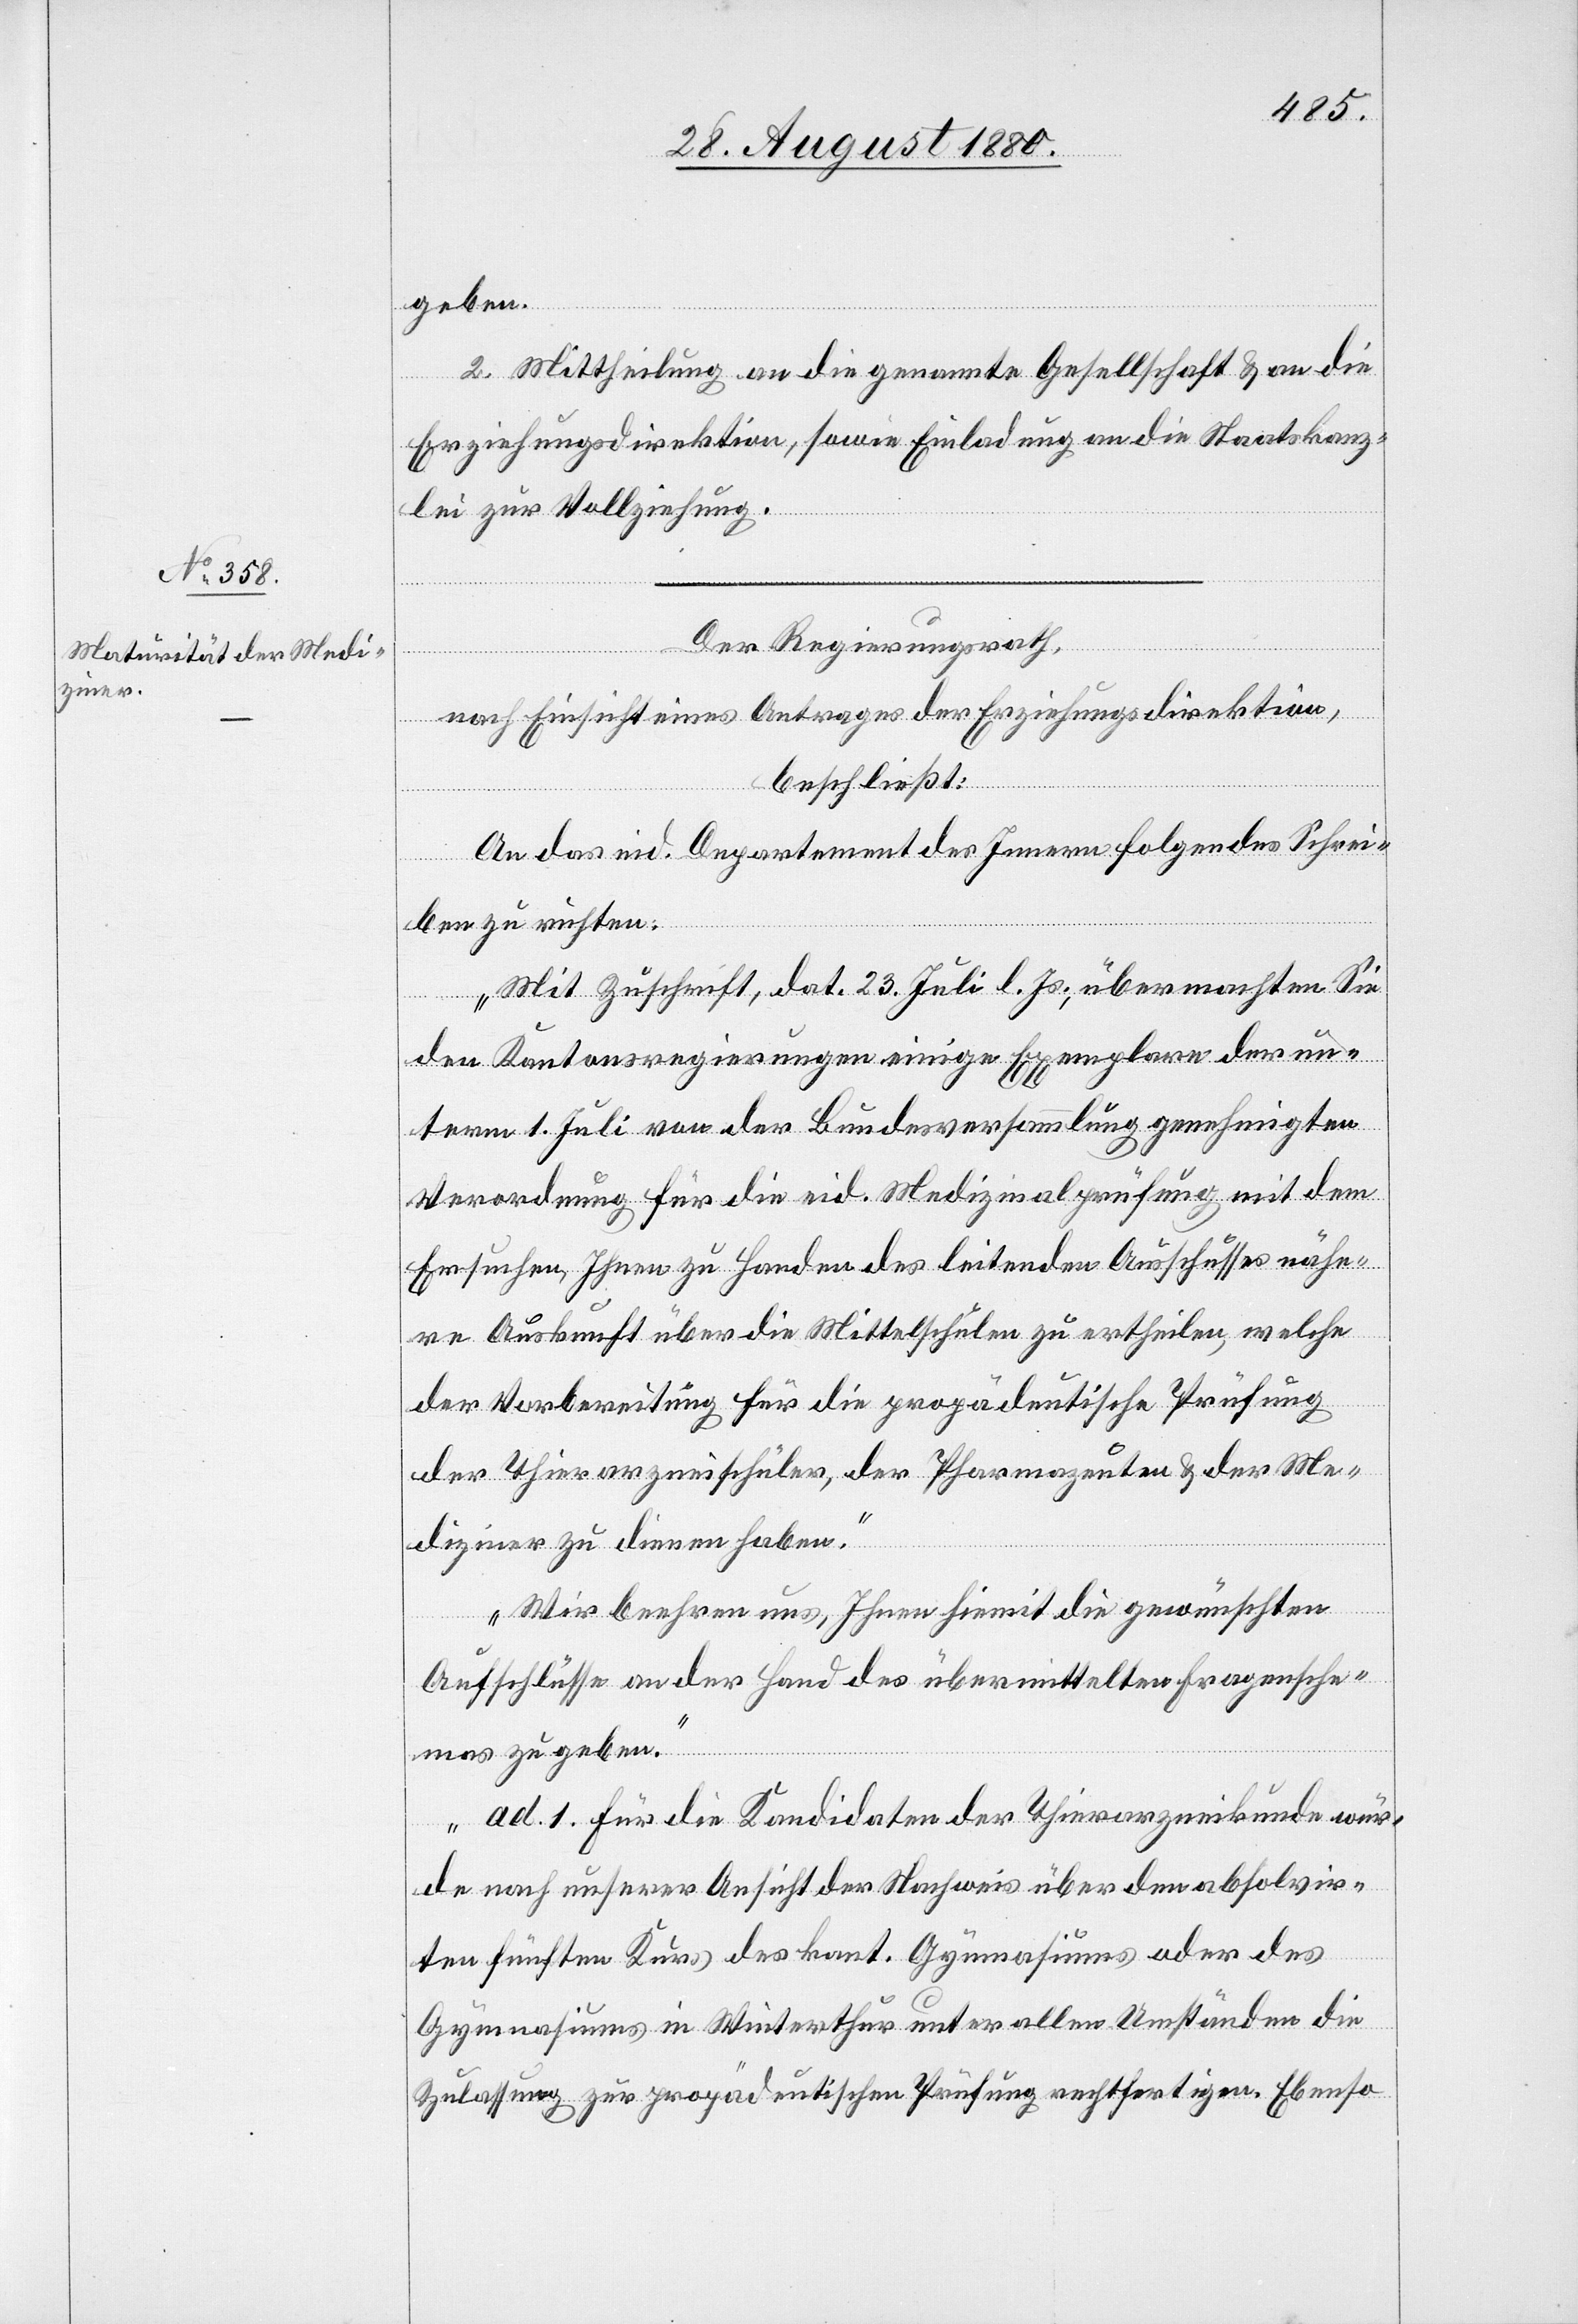
geben.
2. Mittheilung an die genannte Gesellschaft & an die
Erziehungsdirektion, sowie Einladung an die Staatskanz¬
lei zur Vollziehung.
Der Regierungsrath,
nach Einsicht eines Antrages der Erziehungsdirektion,
beschließt:
An das eid. Departement des Innern folgendes Schrei¬
ben zu richten:
„Mit Zuschrift, dat. 23. Juli d. Js., übermachten Sie
den Kantonsregierungen einige Exemplare der un¬
term 1. Juli von der Bundesversammlung genehmigten
Verordnung für die eid. Medizinalprüfung mit dem
Ersuchen, Ihnen zu Handen des leitenden Ausschusses nähe¬
re Auskunft über die Mittelschulen zu ertheilen, welche
der Vorbereitung für die propädeutische Prüfung
der Thierarzneischüler, der Pharmazeuten & der Me¬
diziner zu dienen haben.
Wir beehren uns, Ihnen hiemit die gewünschten
Aufschlüsse an der Hand des übermittelten Fragesche¬
mas zu geben.
ad. 1 für die Kandidaten der Thierarzneikunde wür¬
de nach unserer Ansicht der Nachweis über den absolvir¬
ten fünften Kurs des kant. Gymnasiums oder des
Gymnasiums in Winterthur unter allen Umständen die
Zulassung zu propädeutischen Prüfung rechtfertigen. Ebenso